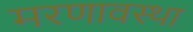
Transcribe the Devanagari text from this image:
मरणावस्था